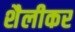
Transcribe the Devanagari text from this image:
शैलीकर